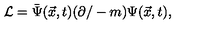
{ \cal L } = \bar { \Psi } ( \vec { x } , t ) ( \partial / - m ) \Psi ( \vec { x } , t ) ,